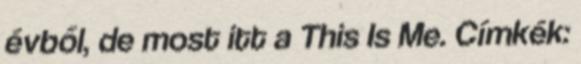
évből, de most itt a This Is Me. Címkék: